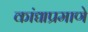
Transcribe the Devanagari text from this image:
कांद्याप्रमाणे